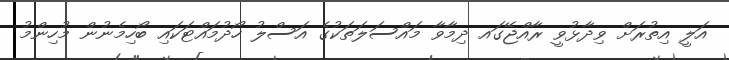
އަލީ އިތުރަށް ވިދާޅުވީ ރާއްޖޭގައ ދިމާވާ މައްސަލަތަކުގެ އަސްލު ހޯދުމައްޓަކައި ބޯހިމެނުން މުހިންމު